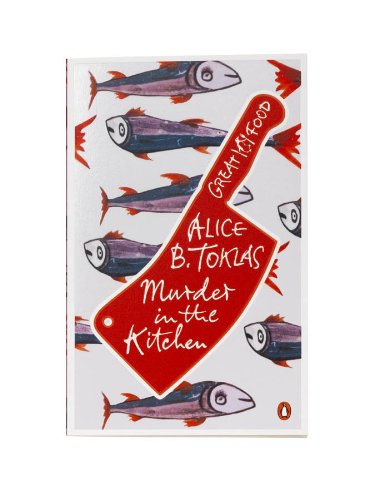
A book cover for Red Classics Great Food Murder in the Kitchen; Alice B Toklas; Cookbooks, Food & Wine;